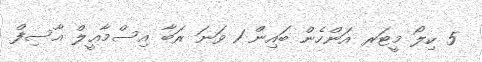
5 ކިލޯ މީޓަރ އަންހެން ބައިން 1 ވަނަ ރަބާ އިސްމާޢީލް އާސިފް